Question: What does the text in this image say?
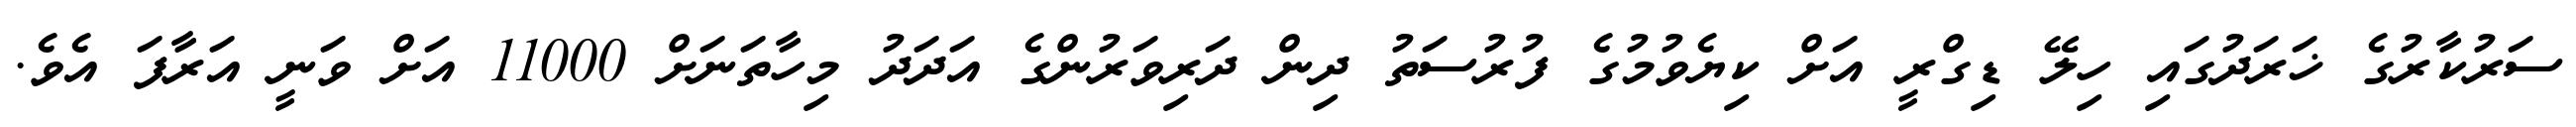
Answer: ސަރުކާރުގެ ޚަރަދުގައި ހިލޭ ޑިގްރީ އަށް ކިޔެވުމުގެ ފުރުސަތު ދިން ދަރިވަރުންގެ އަދަދު މިހާތަނަށް 11000 އަށް ވަނީ އަރާފަ އެވެ.